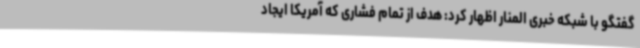
گفتگو با شبکه خبری المنار اظهار کرد: هدف از تمام فشاری که آمریکا ایجاد